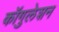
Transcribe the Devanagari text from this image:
कॉगुलेशन